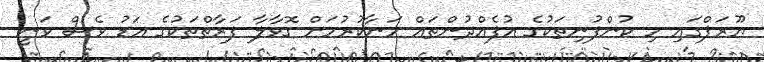
ޔޫރަޕްގައި މި ކުންފުނިތަކުގެ އުފެއްދުންތައް މަނާކުރުމަށް ގޮވާލާ ފަރާތްތަކުގެ އަޑު ވެސް ވަނީ